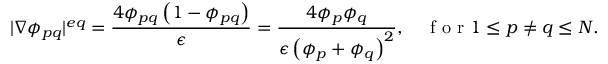
| \nabla \phi _ { p q } | ^ { e q } = \frac { 4 \phi _ { p q } \left( 1 - \phi _ { p q } \right) } { \epsilon } = \frac { 4 \phi _ { p } \phi _ { q } } { \epsilon \left( \phi _ { p } + \phi _ { q } \right) ^ { 2 } } , \quad \mathrm { ~ f ~ o ~ r ~ } 1 \leq p \neq q \leq N .